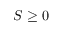
S \ge 0